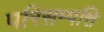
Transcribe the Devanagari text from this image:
परिसम्‍पत्ति